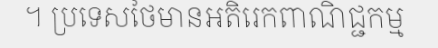
។ ប្រទេសថៃមានអតិរេកពាណិជ្ជកម្ម